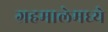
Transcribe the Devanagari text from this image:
ग्रहमालेमध्ये